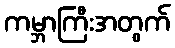
ကမ္ဘာကြီးအတွက်